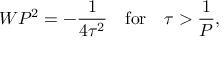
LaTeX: W P ^ { 2 } = - { \frac { 1 } { 4 \tau ^ { 2 } } } \quad \mathrm { f o r } \quad \tau > { \frac { 1 } { P } } , \nonumber